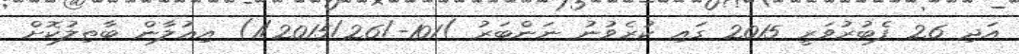
އަދި 26 ފެބުރުވަރީ 2015 ގައި ކުރެވުނު ނަންބަރު )101-/1/2015/26) އިޢުލާން ބާޠިލުކޮށް